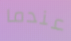
عندما